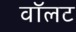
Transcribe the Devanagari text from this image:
वॉलट